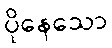
ပိုနေသော